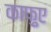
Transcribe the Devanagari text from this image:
काफ़ुए